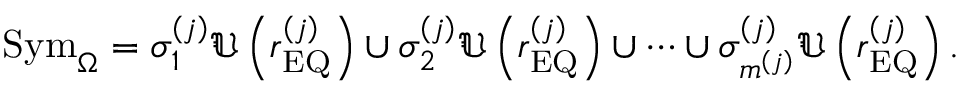
\mathrm { S y m } _ { \Omega } = \sigma _ { 1 } ^ { \left( j \right) } \mathfrak { U } \left( r _ { \mathrm { E Q } } ^ { \left( j \right) } \right) \cup \sigma _ { 2 } ^ { \left( j \right) } \mathfrak { U } \left( r _ { \mathrm { E Q } } ^ { \left( j \right) } \right) \cup \cdots \cup \sigma _ { m ^ { \left( j \right) } } ^ { \left( j \right) } \mathfrak { U } \left( r _ { \mathrm { E Q } } ^ { \left( j \right) } \right) .